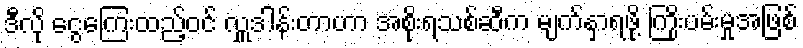
ဒီလို ငွေကြေးထည့်ဝင် လှူဒါန်းတာဟာ အစိုးရသစ်ဆီက မျက်နှာရဖို့ ကြိုးပမ်းမှုအဖြစ်